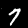
Digit: 7